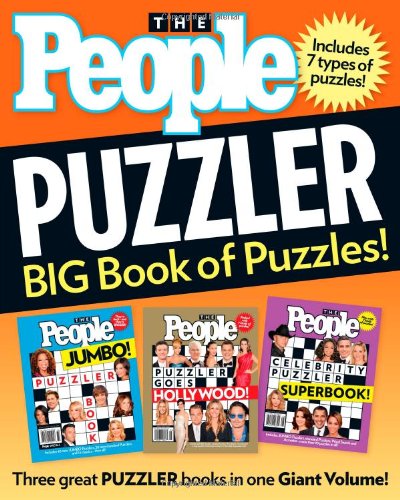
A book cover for People Puzzler: BIG Book of Puzzles!; Editors of People Magazine; Humor & Entertainment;